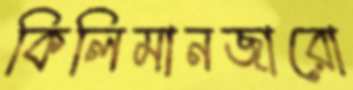
কিলিমানজারো